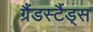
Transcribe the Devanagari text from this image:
ग्रैंडस्टैंड्स